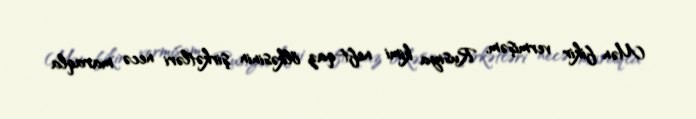
Mən fikir vermişəm, Rusiya kimi neft-qaz ölkəsinin şirkətləri necə maraqla